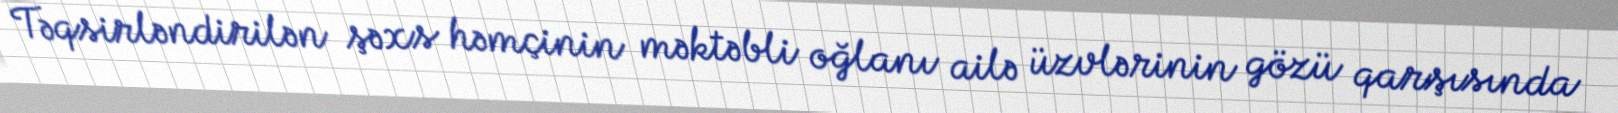
Təqsirləndirilən şəxs həmçinin məktəbli oğlanı ailə üzvlərinin gözü qarşısında